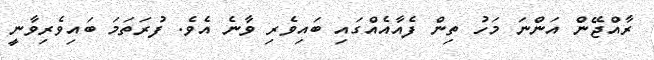
ރާއްޖޭން އަންނަ މަހު ތިން ފެއާއެއްގައި ބައިވެރި ވާނެ އެވެ. ފުރަތަމަ ބައިވެރިވާނީ